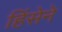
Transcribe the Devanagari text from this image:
हिंसेने